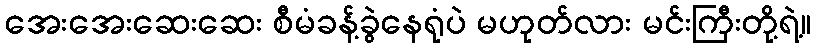
အေးအေးဆေးဆေး စီမံခန့်ခွဲနေရုံပဲ မဟုတ်လား မင်းကြီးတို့ရဲ့။